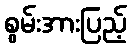
စွမ်းအားပြည့်